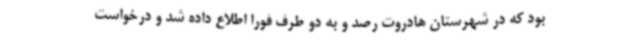
بود که در شهرستان هادروت رصد و به دو طرف فورا اطلاع‌ داده شد و درخواست